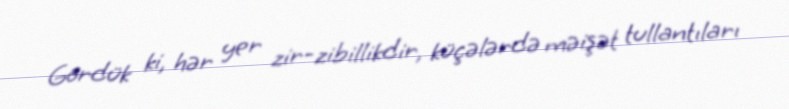
Gördük ki, hər yer zir-zibillikdir, küçələrdə məişət tullantıları